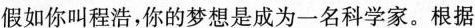
假如你叫程浩，你的梦想是成为一名科学家。根据